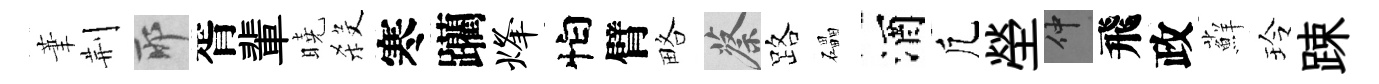
茟荆耶胥輩曉殺寒躪烽怕臂略蔡路礧酒凢塋仲飛政蘚玲踈